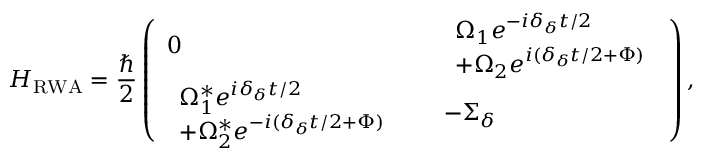
H _ { \mathrm { R W A } } = \frac { \hbar } { 2 } \left( \begin{array} { l l l } { 0 } & & { \begin{array} { l } { \Omega _ { 1 } e ^ { - i \delta _ { \delta } t / 2 } } \\ { + \Omega _ { 2 } e ^ { i ( \delta _ { \delta } t / 2 + \Phi ) } } \end{array} } \\ { \begin{array} { l } { \Omega _ { 1 } ^ { * } e ^ { i \delta _ { \delta } t / 2 } } \\ { + \Omega _ { 2 } ^ { * } e ^ { - i ( \delta _ { \delta } t / 2 + \Phi ) } } \end{array} } & & { - \Sigma _ { \delta } } \end{array} \right) ,